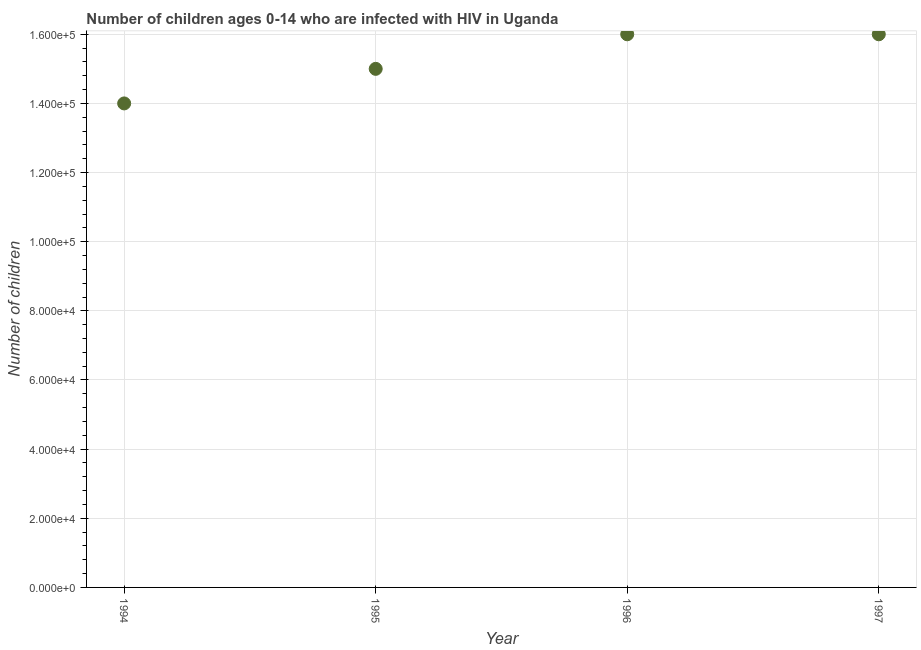
| Year | Children (0-14) living with HIV |
 | --- | --- |
 | 1994 | 1.4e+05 |
 | 1995 | 1.5e+05 |
 | 1996 | 1.6e+05 |
 | 1997 | 1.6e+05 |